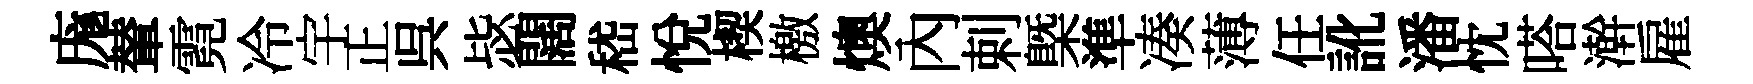
庬輦霓冷宇正呉毖闊嵇悦楔檄燠內剌槩準凑薄任訛潘忱嗒澣雇